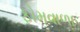
ફોમવાળા